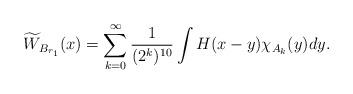
LaTeX: \begin{align*} \widetilde{W}_{B_{r_1}}(x)=\sum_{k=0}^\infty \frac{1}{(2^k)^{10}}\int H(x-y)\chi_{A_k}(y)dy. \end{align*}